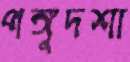
পঙ্গুদশা